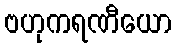
ဗဟုကရဏီယော